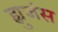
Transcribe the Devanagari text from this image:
ह्युजंस